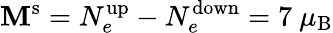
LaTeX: \mathbf{M}^{\mathrm{{s}}}=N_{e}^{\mathrm{{up}}}-N_{e}^{\mathrm{{down}}}=7~\mu_{\mathrm{{B}}}